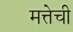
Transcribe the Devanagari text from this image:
मत्तेची